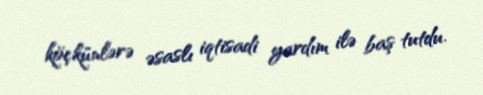
köçkünlərə əsaslı iqtisadi yardım ilə baş tutdu.